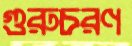
গুরুচরণ